DOW-UAP-D49, Launch Summary, Vandenberg AFB, 2000
Agency: Department of War
Incident date: 2/3/00
Page 28
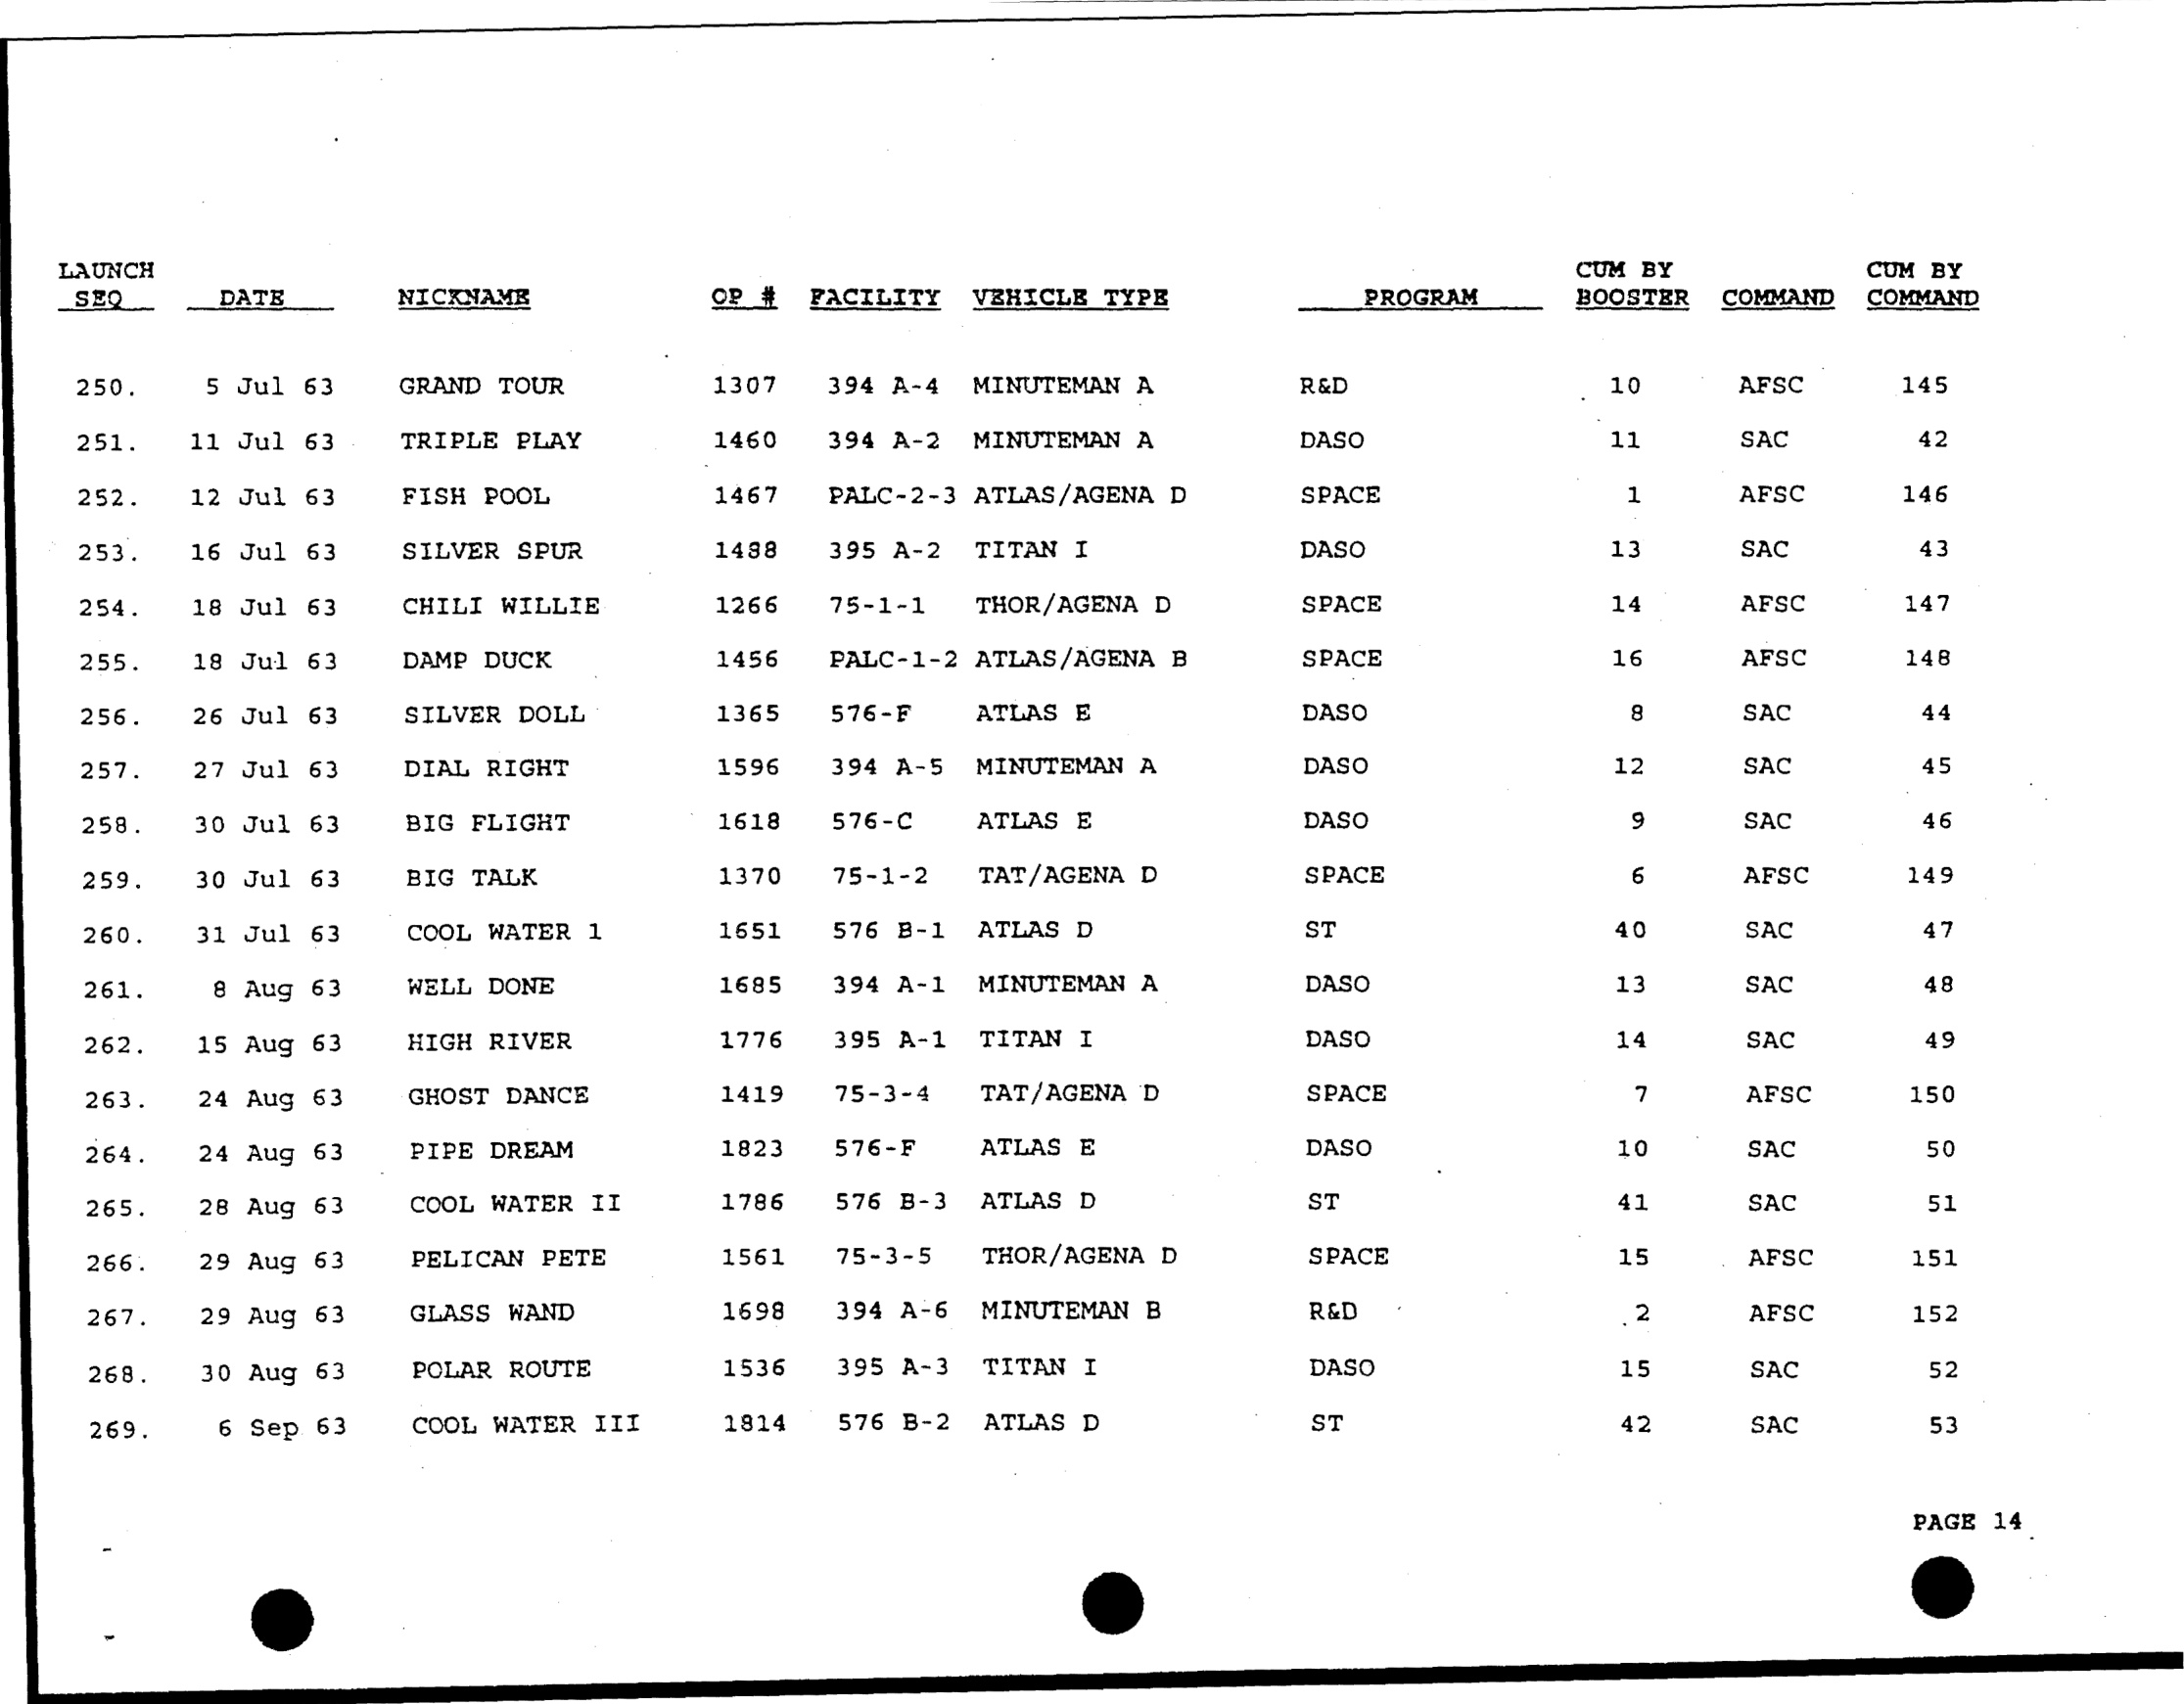